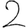
Digit: 2